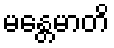
မန္တေမာတိ